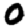
Digit: 0